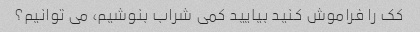
کک را فراموش کنید بیایید کمی شراب بنوشیم، می توانیم؟